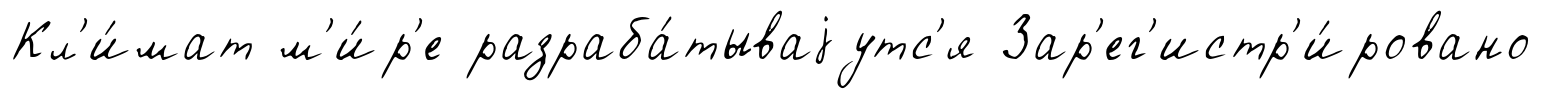
Кл'и́мат м'и́р'е разраба́тываjутс'я Зар'ег'истр'и́ровано